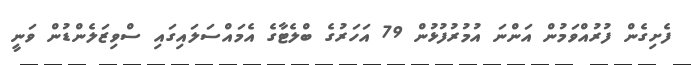
ފެށިގެން ފުރުއްވަމުން އަންނަ އުމުރުފުޅުން 79 އަހަރުގެ ބްލެޓާގެ އެމައްސަލައިގައި ސްވިޒަލެންޑުން ވަނީ